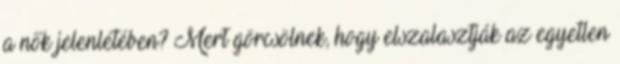
a nők jelenlétében? Mert görcsölnek, hogy elszalasztják az egyetlen